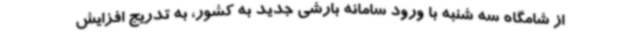
از شامگاه سه شنبه با ورود سامانه بارشی جدید به کشور، به تدریج افزایش